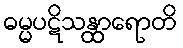
ဓမ္မပဋိသန္ထာရောတိ